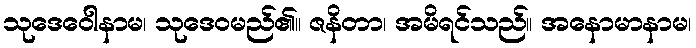
သုဒေဝေါနာမ၊ သုဒေဝမည်၏။ ဇနိတာ၊ အမိရင်သည်။ အနောမာနာမ၊